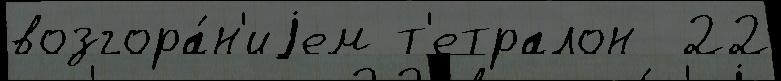
возгора́н'иjем т'етралон  22